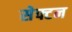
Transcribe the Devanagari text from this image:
सेफ्टन